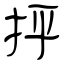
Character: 抨